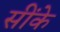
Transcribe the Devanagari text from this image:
सींके